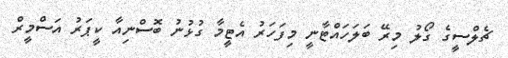
ޗެލްސީގެ ގޯލު މިރޭ ބަލަހައްޓާނީ މިފަހަރު އެޓީމާ ގުޅުނު ބޮސްނިއާ ކީޕަރު އަސްމީރް